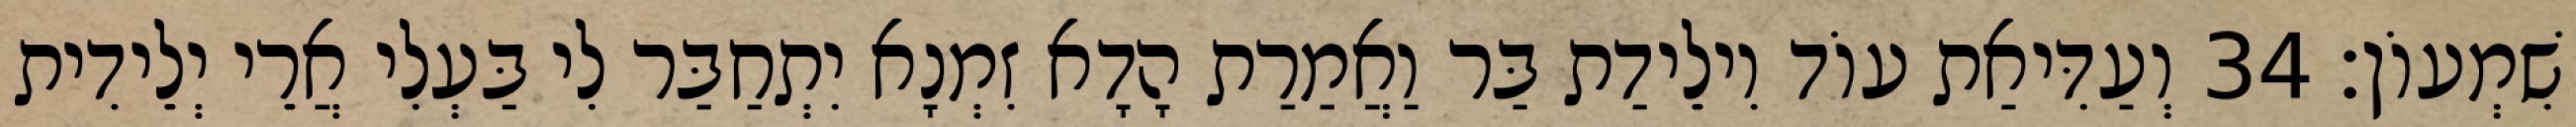
שִׁמְעוֹן׃ 34 וְעַדִּיאַת עוֹד וִילֵידַת בַּר וַאֲמַרַת הָדָא זִמְנָא יִתְחַבַּר לִי בַּעְלִי אֲרֵי יְלֵידִית